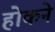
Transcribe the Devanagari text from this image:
होकने